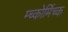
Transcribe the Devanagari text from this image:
म्च्कोर्मिच्क